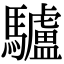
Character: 驢